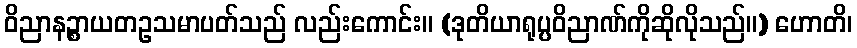
ဝိညာနဉ္စာယတဥသမာပတ်သည် လည်းကောင်း။ (ဒုတိယာရုပ္ပဝိညာဏ်ကိုဆိုလိုသည်။) ဟောတိ၊